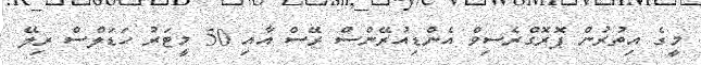
މީގެ އިތުރުން ޕޮރޮގްރެސިވް އެންޑިއުރޭންސް ރޭސް އާއި 50 މީޓަރު ހަޑަލްސް ރިލޭ